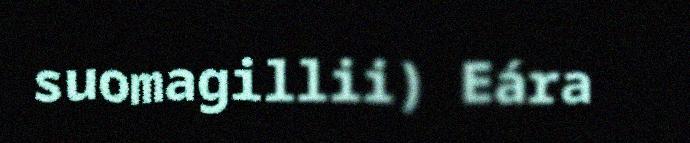
suomagillii) Eára